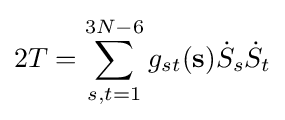
2T=\sum _{s,t=1}^{3N-6}g_{st}(\mathbf {s} ){\dot {S}}_{s}{\dot {S}}_{t}